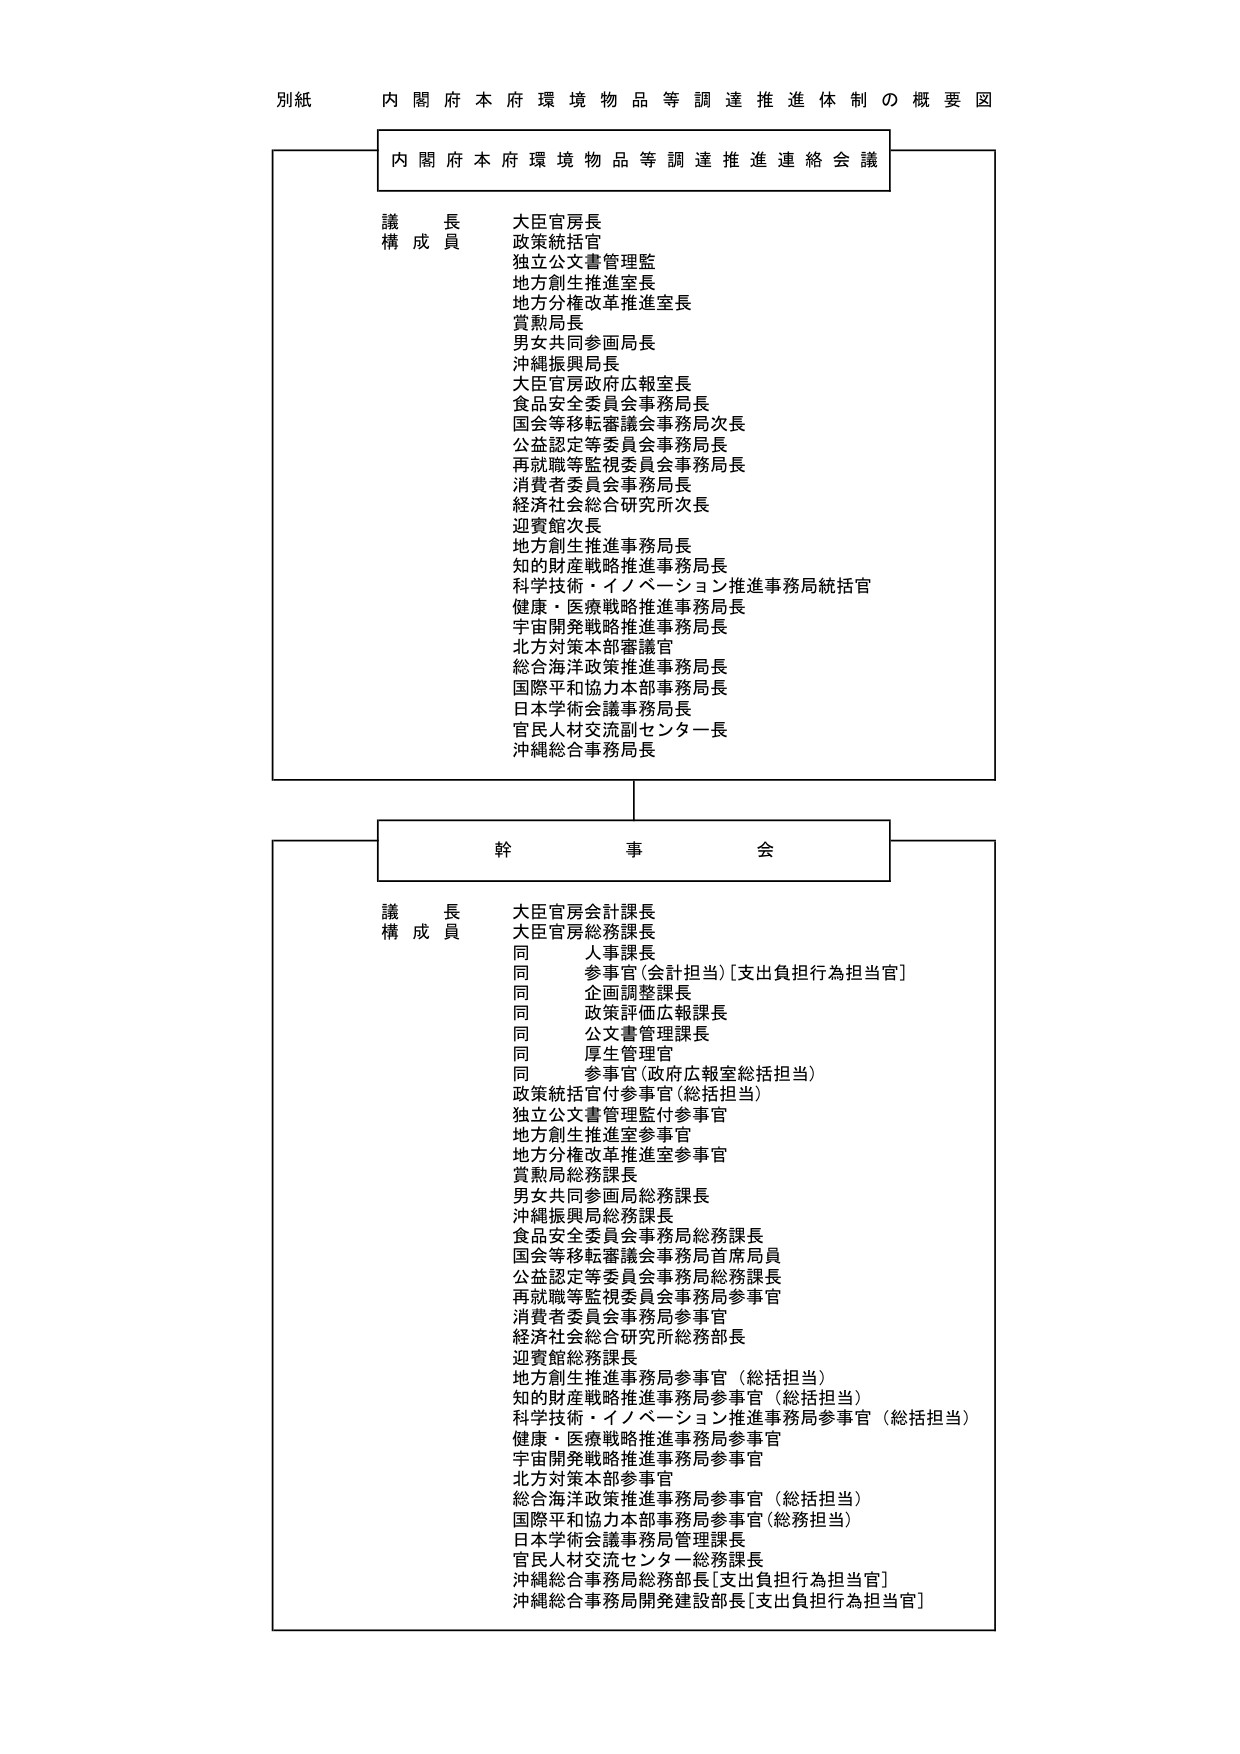
別紙 内閣府本府環境物品等調達推進体制の概要図

内閣府本府環境物品等調達推進連絡会議

議長 大臣官房長
構成員 政策統括官
独立公文書管理監
地方創生推進室長
地方分権改革推進室長
賞勲局長
男女共同参画局長
沖縄振興局長
大臣官房政府広報室長
食品安全委員会事務局長
国会等移転審議会事務局次長
公益認定等委員会事務局長
再就職等監視委員会事務局長
消費者委員会事務局長
経済社会総合研究所次長
迎賓館次長
地方創生推進事務局長
知的財産戦略推進事務局長
科学技術・イノベーション推進事務局統括官
健康・医療戦略推進事務局長
宇宙開発戦略推進事務局長
北方対策本部審議官
総合海洋政策推進事務局長
国際平和協力本部事務局長
日本学術会議事務局長
官民人材交流副センター長
沖縄総合事務局長

幹事会

議長 大臣官房会計課長
構成員 大臣官房総務課長
同 人事課長
同 参事官（会計担当）[支出負担行為担当官]
同 企画調整課長
同 政策評価広報課長
同 公文書管理課長
同 厚生管理官
同 参事官（政府広報室総括担当）
政策統括官付参事官（総括担当）
独立公文書管理監付参事官
地方創生推進室参事官
地方分権改革推進室参事官
賞勲局総務課長
男女共同参画局総務課長
沖縄振興局総務課長
食品安全委員会事務局総務課長
国会等移転審議会事務局首席局員
公益認定等委員会事務局総務課長
再就職等監視委員会事務局参事官
消費者委員会事務局参事官
経済社会総合研究所総務部長
迎賓館総務課長
地方創生推進事務局参事官（総括担当）
知的財産戦略推進事務局参事官（総括担当）
科学技術・イノベーション推進事務局参事官（総括担当）
健康・医療戦略推進事務局参事官
宇宙開発戦略推進事務局参事官
北方対策本部参事官
総合海洋政策推進事務局参事官（総括担当）
国際平和協力本部事務局参事官（総務担当）
日本学術会議事務局管理課長
官民人材交流センター総務課長
沖縄総合事務局総務部長[支出負担行為担当官]
沖縄総合事務局開発建設部長[支出負担行為担当官]